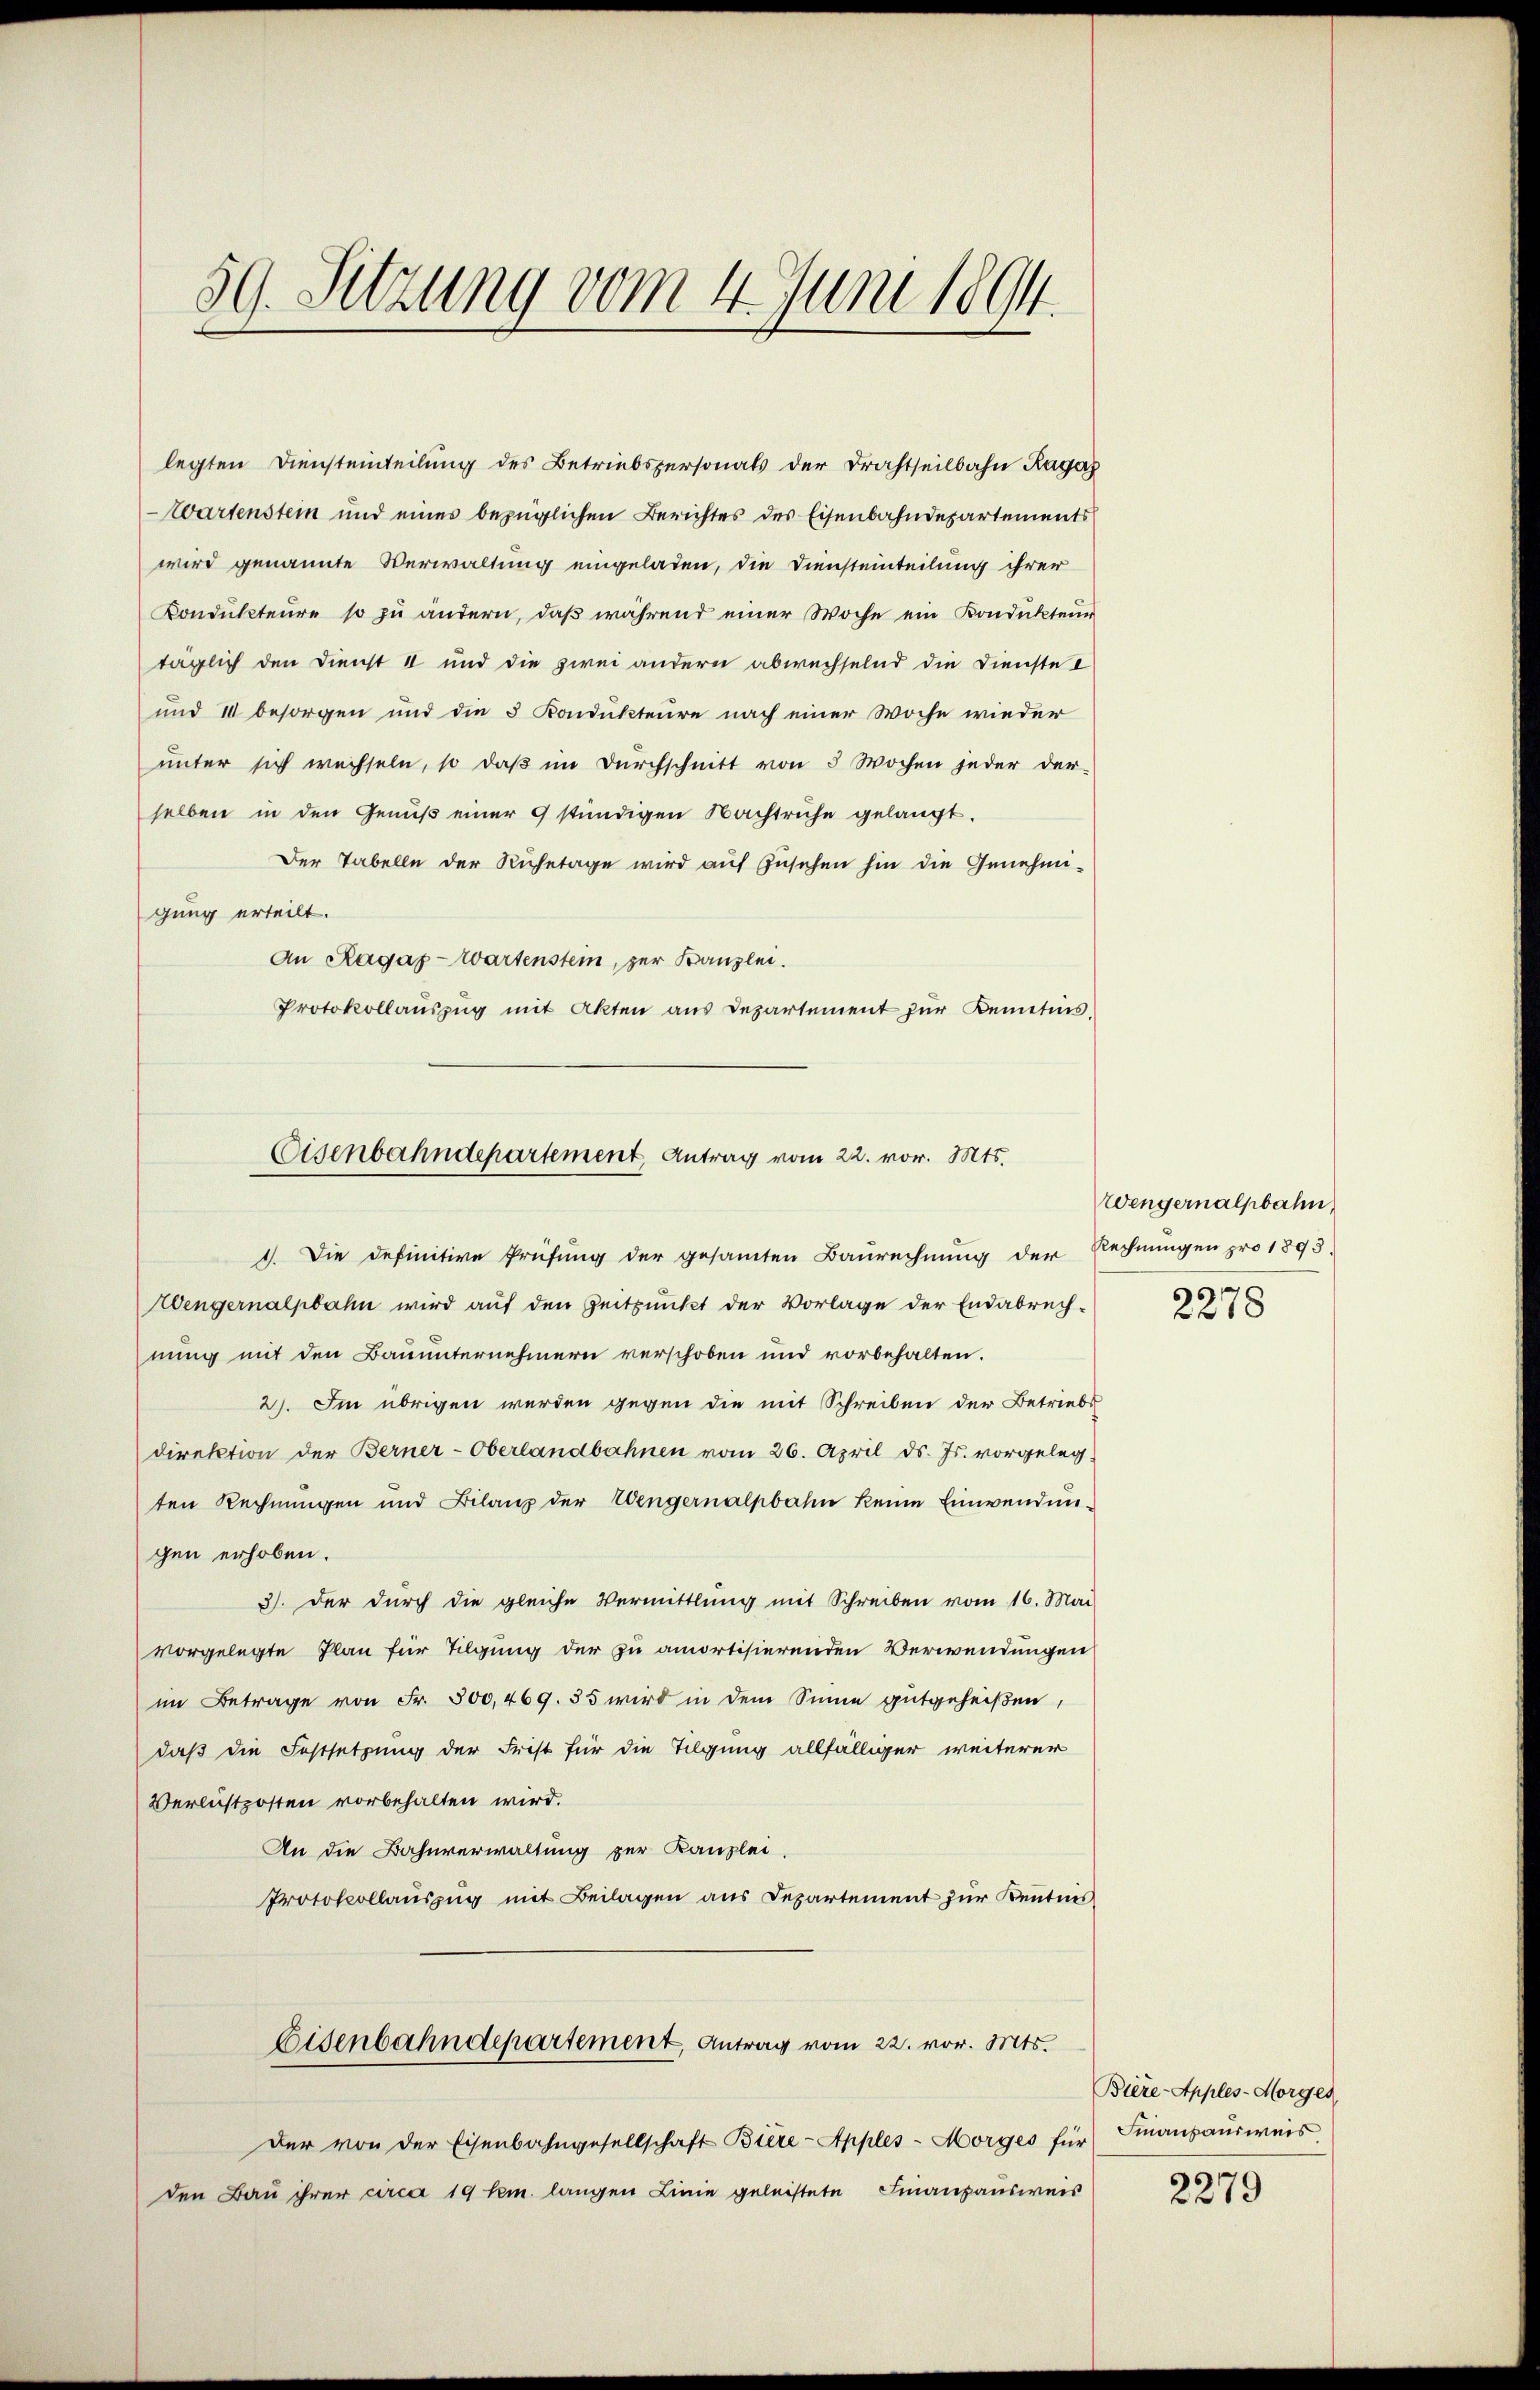
59. Sitzung vom 4. Juni 1894.

legten Diensteinteilung des Betriebspersonals der Drahtseilbahn Ragas
Wartenstein und eines bezüglichen Berichtes des Eisenbahndepartements
wird genannte Verwaltung eingeladen, die Diensteinteilung ihrer
Kondukteure so zu ändern, daß während einer Woche ein Kondukteur
täglich den Dienst a und die zwei andern abwechselnd die Dienste I
und II besorgen und die 3 Kondukteure nach einer Woche wieder
unter sich wechseln, so daβ im Dŭrchschnitt von 3 Wochen jeder der
selben in den Genüβ einer 9 stündigen Nachtruhe gelangt.
Der Tabelle der Ruhetage wird auf Zusehen hin die Genehmi-
gung erteilt.
An Ragaz - Wartenstein, zur Kanzlei.
Protokollaŭszŭg mit Akten aus Departement zur Demetis,

Eisenbahndepartement Antrag vom 22. vor. Mts.
1. Die definitive Prüfung der gesamten Baurechnung der Rechnungen pro 1893.

Wengernalpbahn wird auf den Zeitpunkt der Vorlage der Endabrech-
nung mit den Bauunternehmern verschoben und vorbehalten.
2). Im übrigen werden gegen die mit Schreiben der Betriebs
direktion der Berner-Oberlandbahnen vom 26. April ds. Js. vorgeleg-
ten Rechnungen und Bilanz der Wengernalpbahn keine Einwendungen erhoben.
3). Der dŭrch die gleiche Vermittlung mit Schreiben vom 16. Mai
vorgelegte Plan für Tilgung der zu amortisierenden Verwendungen
im Betrage von Fr. 300,469. 35 wird in dem Sinne gutgeheißen,
daß die Festsetzung der Frist für die Tilgung allfälliger weiterer
Verlustzosten vorbehalten wird.
An die Bahnverwaltung zur Kanzlei-
Protokollauszug mit Beilagen aus Departement zur Kenntnis
Eisenbahndepartement, Antrag vom 22. vor. Mts.
Der von der Eisenbahngesellschaft Biere-Apples-Morges für
den Bau ihrer circa 19 km. langen Linie geleistete Finanzausweis

Wengernalpbahn,
2278

Biere-Apples-Morges
Finanzausweis

2279